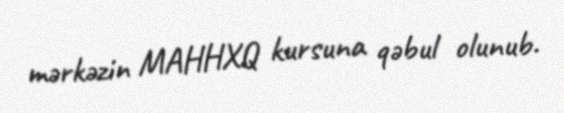
mərkəzin MAHHXQ kursuna qəbul olunub.